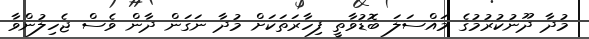
މުދާ ދޫނުކުރުމުގެ މައްސަލަ ބޮޑުވާތީ ފިހާރަތަކަށް މުދާ ނަގަން ދާން ވެސް ޖެހިލުންވާ